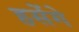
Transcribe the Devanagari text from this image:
हसेंगे